system: You are a helpful assistant.
user:
Analyze the provided spectrum to determine if it is a **S-type Star**.

- **Key Indicators for S-type Star:**

    - **(Overall Spectrum Shape):** The first and most obvious characteristic is the overall continuum (the "baseline" shape). It is **extremely "red-sloping,"** meaning the flux (light intensity) is very low on the left side (blue, ~4000-4500 Å) and rises steeply and continuously toward the right side (red, ~7000 Å+).

    - **(Primary):** The spectrum is defined by the presence of strong, broad molecular absorption "valleys" (bands) from **Zirconium Oxide (ZrO)**. The identification of these bands is the **primary requirement** for classifying a star as S-type.
        - **(Key Bandheads):** You must find distinct, deep "dips" where the light has been absorbed. The most critical band systems to locate are:
            - **~6474 Å** ($\gamma$-system): This is often the strongest and clearest ZrO feature, found in the red part of the spectrum.
            - **~5718 Å** & **~5551 Å** ($\beta$-system): A pair of prominent absorption features in the yellow-orange part of the spectrum.
            - **~4640 Å** ($\alpha$-system): A key absorption band system in the blue-green region of the spectrum.

    - **(Secondary Confirmation):** The classification is strengthened by finding additional absorption bands from other related heavy element oxides, which are expected to be present alongside ZrO.
        - **(Key Bandheads):**
            - **Yttrium Oxide (YO):** Look for absorption dips near **~4800 Å** and **~6100 Å**.
            - **Lanthanum Oxide (LaO):** Additional absorption features, particularly in the red-orange part of the spectrum, are also characteristic.

    - **(Line Profile):** The combination of the steep red continuum and these numerous, deep molecular bands (ZrO, YO, etc.) gives the entire spectrum a very **"chopped-up"** or **"bumpy"** appearance. Instead of a smooth curve, the spectrum looks as though large, wide chunks of light have been "carved out" of it at the specific wavelengths listed above.

Think first, call **spectral_visualization_tool** if needed to examine features in detail, then provide your final answer. Your response must adhere to the following strict rules:
1.  **Overall Structure:** Your response must follow the format `<think>...</think> <tool_call>...</tool_call> (if a tool is used) <answer>...</answer>`.
2.  **Tool Usage Constraint:** You may only make **one** tool call per turn.
3.  **Final Answer Format:** In the `<answer>` tag, your conclusion must be inside a `\boxed{}` command (e.g., `\boxed{YES}` or `\boxed{NO}`), followed by your justification.

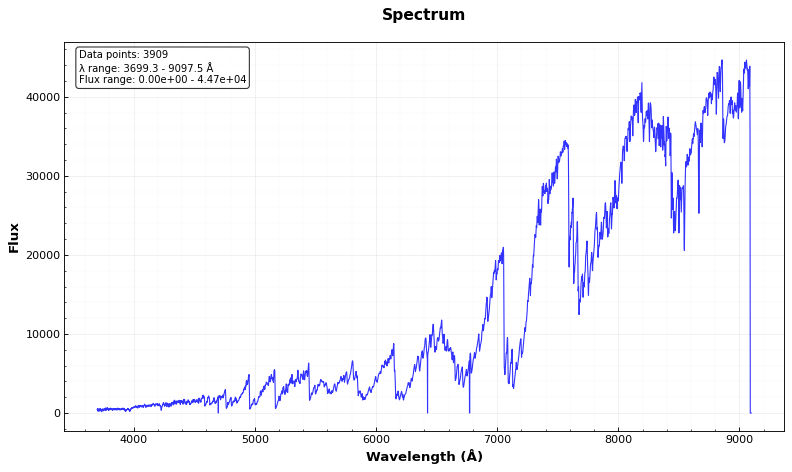
Answer: YES